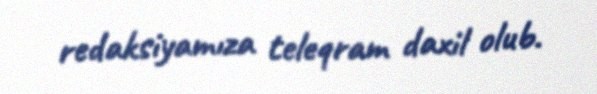
redaksiyamıza teleqram daxil olub.